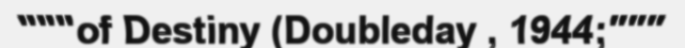
"""of Destiny (Doubleday , 1944;"""